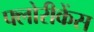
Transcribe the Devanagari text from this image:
फ्लोरीकेंस